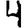
Digit: 4